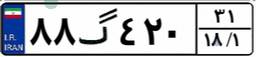
۸۸گ۴۲۰۳۱